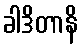
ခါဒိတာနိ